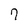
Character: 7